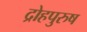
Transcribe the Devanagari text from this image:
द्रोहपुरुष